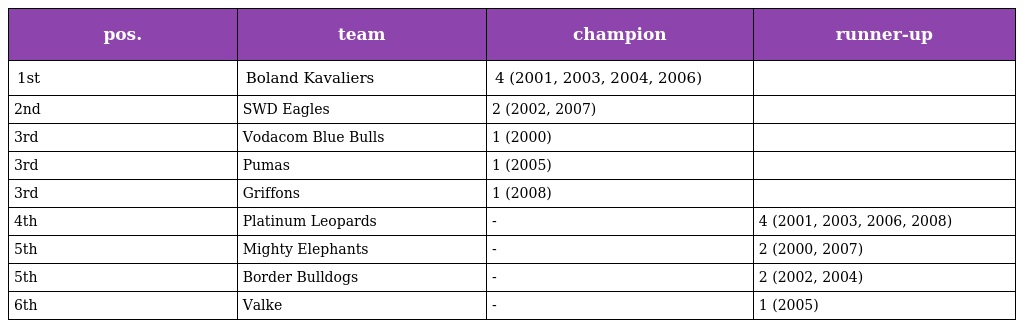
| pos. | team | champion | runner-up |
 | --- | --- | --- | --- |
 | 1st | Boland Kavaliers | 4 (2001, 2003, 2004, 2006) |  |
 | 2nd | SWD Eagles | 2 (2002, 2007) |  |
 | 3rd | Vodacom Blue Bulls | 1 (2000) |  |
 | 3rd | Pumas | 1 (2005) |  |
 | 3rd | Griffons | 1 (2008) |  |
 | 4th | Platinum Leopards | - | 4 (2001, 2003, 2006, 2008) |
 | 5th | Mighty Elephants | - | 2 (2000, 2007) |
 | 5th | Border Bulldogs | - | 2 (2002, 2004) |
 | 6th | Valke | - | 1 (2005) |